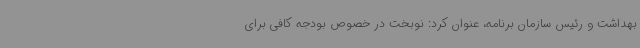
بهداشت و رئیس سازمان برنامه، عنوان کرد: نوبخت در خصوص بودجه کافی برای